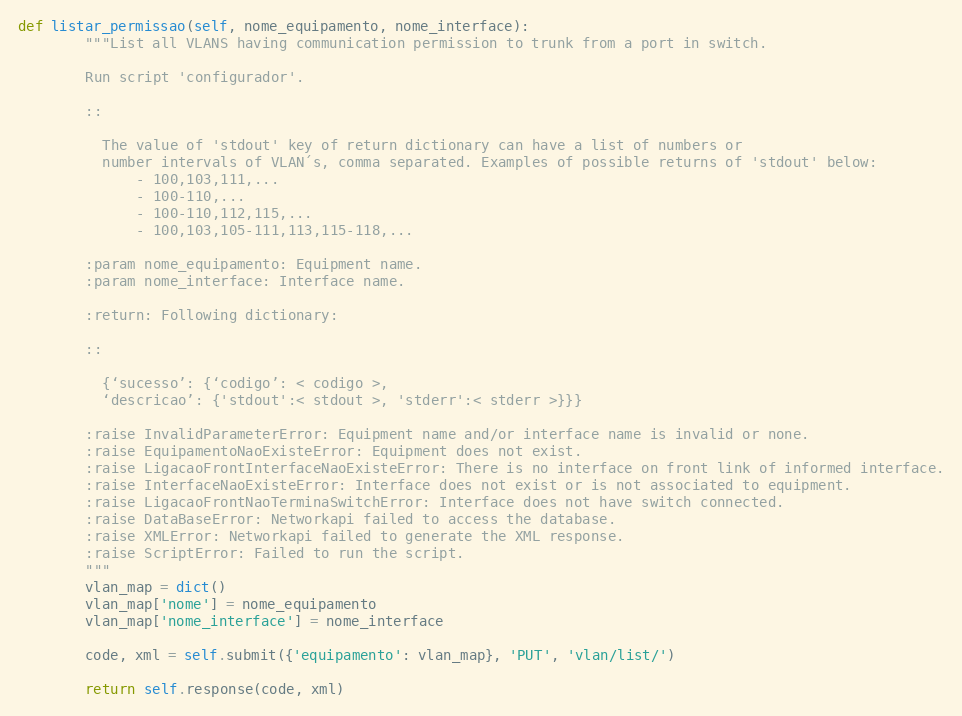
Language: Python
def listar_permissao(self, nome_equipamento, nome_interface):
        """List all VLANS having communication permission to trunk from a port in switch.

        Run script 'configurador'.

        ::

          The value of 'stdout' key of return dictionary can have a list of numbers or
          number intervals of VLAN´s, comma separated. Examples of possible returns of 'stdout' below:
              - 100,103,111,...
              - 100-110,...
              - 100-110,112,115,...
              - 100,103,105-111,113,115-118,...

        :param nome_equipamento: Equipment name.
        :param nome_interface: Interface name.

        :return: Following dictionary:

        ::

          {‘sucesso’: {‘codigo’: < codigo >,
          ‘descricao’: {'stdout':< stdout >, 'stderr':< stderr >}}}

        :raise InvalidParameterError: Equipment name and/or interface name is invalid or none.
        :raise EquipamentoNaoExisteError: Equipment does not exist.
        :raise LigacaoFrontInterfaceNaoExisteError: There is no interface on front link of informed interface.
        :raise InterfaceNaoExisteError: Interface does not exist or is not associated to equipment.
        :raise LigacaoFrontNaoTerminaSwitchError: Interface does not have switch connected.
        :raise DataBaseError: Networkapi failed to access the database.
        :raise XMLError: Networkapi failed to generate the XML response.
        :raise ScriptError: Failed to run the script.
        """
        vlan_map = dict()
        vlan_map['nome'] = nome_equipamento
        vlan_map['nome_interface'] = nome_interface

        code, xml = self.submit({'equipamento': vlan_map}, 'PUT', 'vlan/list/')

        return self.response(code, xml)